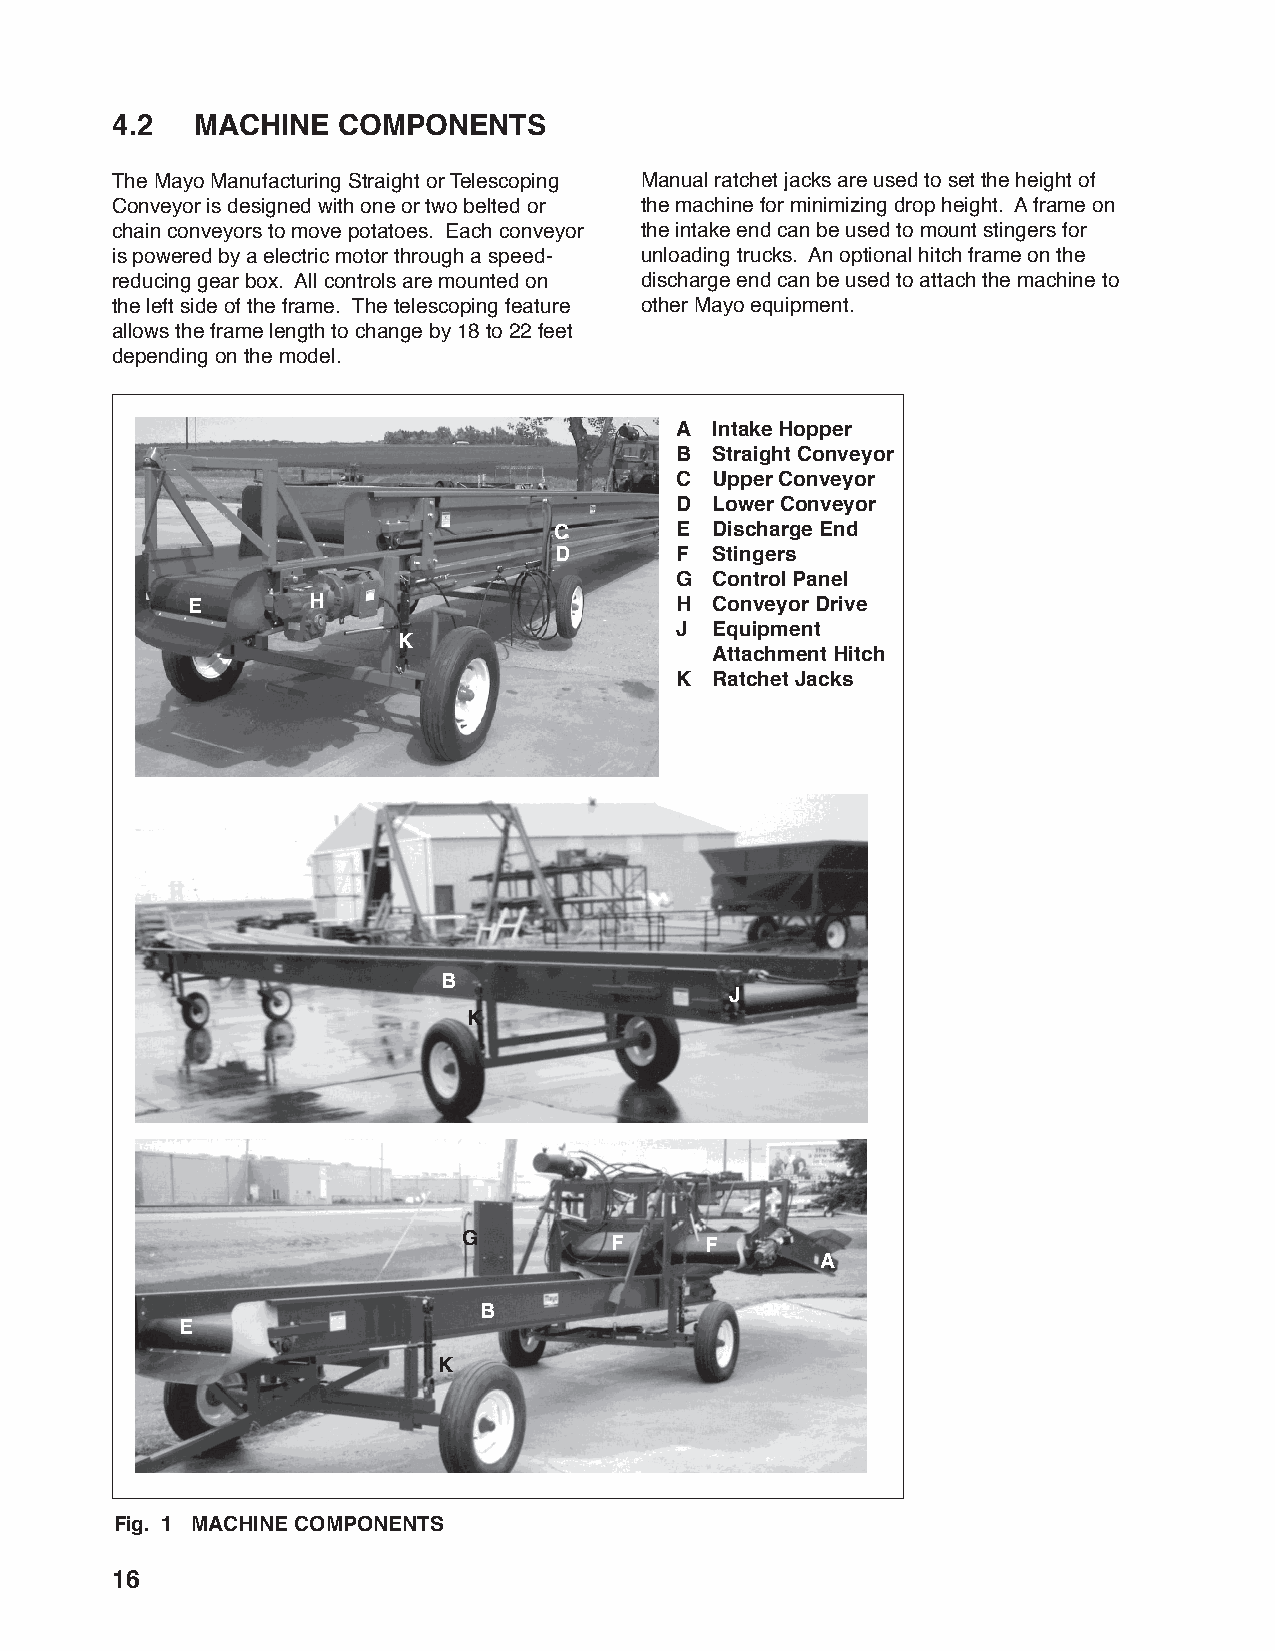
4.2   MACHINE  COMPONENTS
 The Mayo Manufacturing Straight or Telescoping Manual ratchet jacks are used to set the height of
 Conveyor is designed with one or two belted or the machine for minimizing drop height. A frame on
 chain conveyors to move potatoes. Each conveyor the intake end can be used to mount stingers for
 is powered by a electric motor through a speed- unloading trucks. An optional hitch frame on the
 reducing gear box. All controls are mounted on discharge end can be used to attach the machine to
 the left side of the frame. The telescoping feature other Mayo equipment.
 allows the frame length to change by 18 to 22 feet
 depending on the model.
 A Intake Hopper
 B Straight Conveyor
 C Upper Conveyor
 D Lower Conveyor
 C       E Discharge End
 D       F Stingers
 G Control Panel
 E       H                        H Conveyor Drive
 J Equipment
 K
 Attachment Hitch
 K Ratchet Jacks
 B
 J
 K
 G        F      F
 A
 B
 E
 K
 Fig. 1 MACHINE COMPONENTS
 16